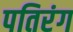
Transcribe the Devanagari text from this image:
पतिरंग